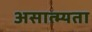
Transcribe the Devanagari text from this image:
असात्म्यता